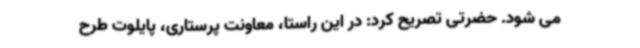
می شود. حضرتی تصریح کرد: در این راستا، معاونت پرستاری، پایلوت طرح